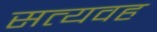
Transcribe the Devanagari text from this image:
सत्यवह